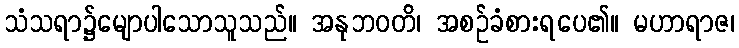
သံသရာ၌မျောပါသောသူသည်။ အနုဘဝတိ၊ အစဉ်ခံစားရပေ၏။ မဟာရာဇ၊